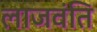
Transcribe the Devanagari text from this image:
लाजवंति